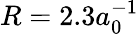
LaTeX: R=2.3a_{0}^{-1}